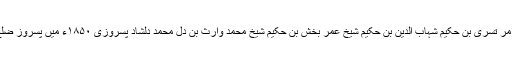
حضرت مولانا نور احمد امر تسری بن حکیم شہاب الدین بن حکیم شیخ عمر بخش بن حکیم شیخ محمد وارث بن دل محمد دلشاد پسروزی ۱۸۵۰ء میں پسروز ضلع سیالکوٹ میں پیدا ہوئے۔